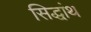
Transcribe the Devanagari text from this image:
सिद्धांथ